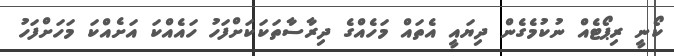
ކޯނީ ރިޕޯޓެއް ނުކުމެގެން ދިޔައީ އެތައް މަހެއްގެ ދިރާސާތަކަކަށްފަހު ހައެއްކަ އަށެއްކަ މަހަށްފަހު